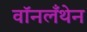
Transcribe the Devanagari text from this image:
वॉनलँथेन